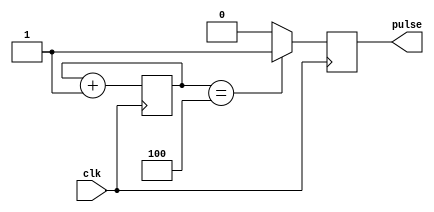
module asynchronous_pulse_generator (
   input clk,
   output reg pulse
   );

   reg [2:0] counter;
   reg sync;

   always @(posedge clk) begin
      counter <= counter + 1;

      if (counter == 3'd4) begin
         pulse <= 1;
         sync <= 1;
      end
      else begin
         pulse <= 0;
         sync <= 0;
      end
   end

endmodule